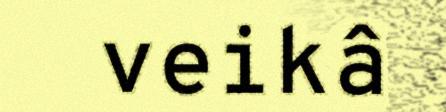
veikâ